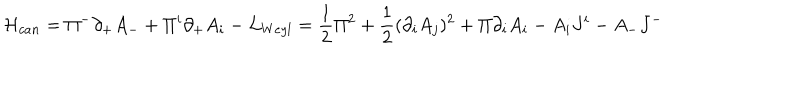
LaTeX: { \cal H } _ { c a n } = \Pi ^ { - } \partial _ { + } A _ { - } + \Pi ^ { i } \partial _ { + } A _ { i } - { \cal L } _ { W e y l } = \frac 1 2 \Pi ^ { 2 } + \frac 1 2 ( \partial _ { i } A _ { j } ) ^ { 2 } + \Pi \partial _ { i } A _ { i } - A _ { i } J ^ { i } - A _ { - } J ^ { - }